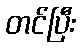
တင်ပြီး